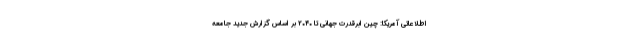
اطلاعاتی آمریکا: چین ابرقدرت جهانی تا ۲۰۴۰ بر اساس گزارش جدید جامعه